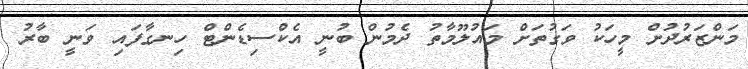
މަންޒަރުދުށް މީހަކު ވަގުތަށް މައުލޫމާތު ދެމުން ބުނީ އެކްސިޑެންޓް ހިނގާފައި ވަނީ ބާރު